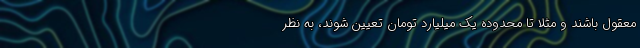
معقول باشند و مثلا تا محدوده یک میلیارد تومان تعیین شوند، به نظر